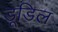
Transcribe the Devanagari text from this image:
डूडिल